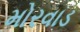
મોરવાડ